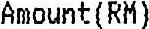
AMOUNT(RM)